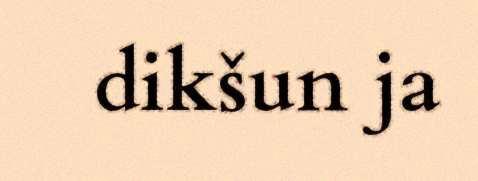
dikšun ja